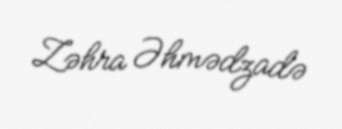
Zəhra Əhmədzadə